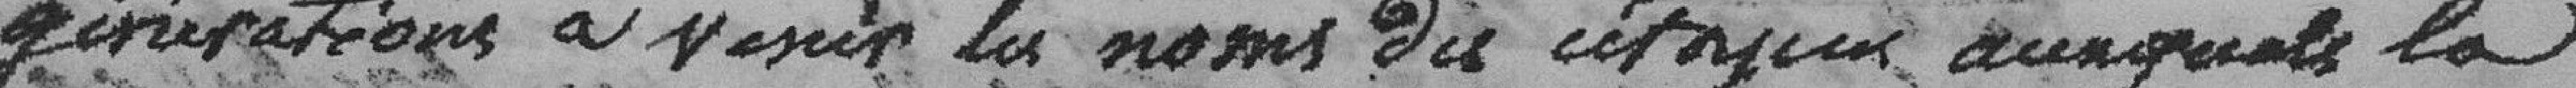
générations à venir les noms des citoyens auxquels la